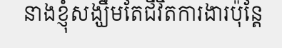
នាងខ្ញុំសង្ឃឹមតែជីវិតការងារប៉ុន្តែ